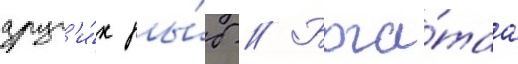
друг'и́х ры́б // Бога́таа